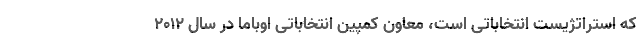
که استراتژیست انتخاباتی است، معاون کمپین انتخاباتی اوباما در سال 2012